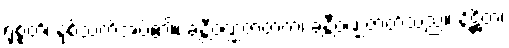
ရုစ္စတိ၊ နှစ်သက်အပ်၏။ ခန္တီဝဏ္ဏဇာတကံ၊ ခန္တီဝဏ္ဏဇာတ်သည်။ နိဋ္ဌိတံ၊